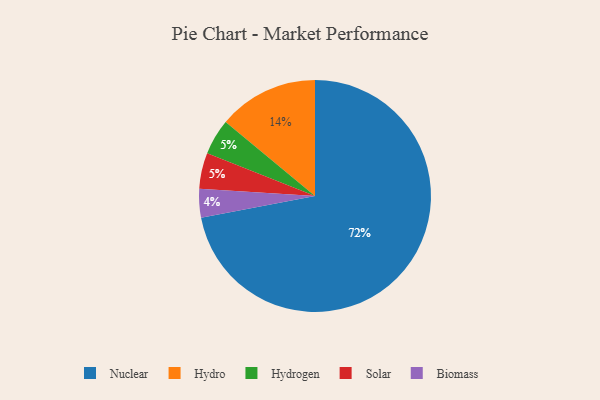
{"axis": {"x": "Category", "y": "Percentage"}, "legend": ["Biomass", "Hydro", "Hydrogen", "Nuclear", "Solar"], "data": [{"x": "Hydrogen", "y": 5, "type": "Hydrogen"}, {"x": "Nuclear", "y": 72, "type": "Nuclear"}, {"x": "Biomass", "y": 4, "type": "Biomass"}, {"x": "Hydro", "y": 14, "type": "Hydro"}, {"x": "Solar", "y": 5, "type": "Solar"}]}